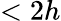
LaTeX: <2h